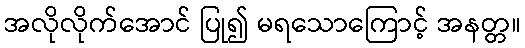
အလိုလိုက်အောင် ပြု၍ မရသောကြောင့် အနတ္တ။